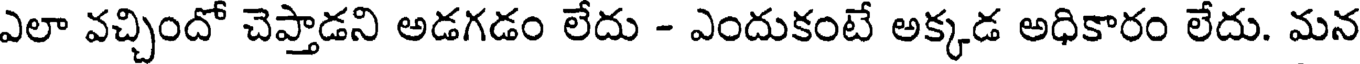
ఎలా వచ్చిందో చెప్తాడని అడగడం లేదు - ఎందుకంటే అక్కడ అధికారం లేదు. మన